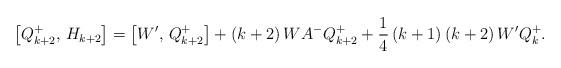
LaTeX: \begin{align*}\left[Q_{k+2}^+,\,H_{k+2}\right]=\left[W',\,Q_{k+2}^+ \right]+\left(k+2\right)WA^-Q_{k+2}^++\frac 14 \left(k+1\right)\left(k+2\right)W'Q_k^+.\end{align*}